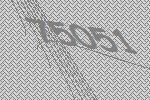
75051